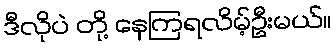
ဒီလိုပဲ တို့ နေကြရလိမ့်ဦးမယ်။